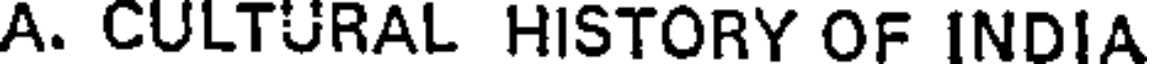
A. CULTURAL HISTORY OF INDIA